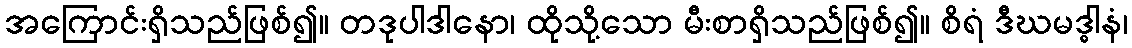
အကြောင်းရှိသည်ဖြစ်၍။ တဒုပါဒါနော၊ ထိုသို့သော မီးစာရှိသည်ဖြစ်၍။ စိရံ ဒီဃမဒ္ဓါနံ၊